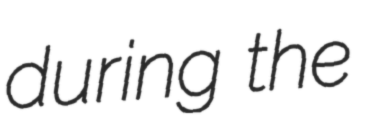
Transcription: during the